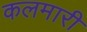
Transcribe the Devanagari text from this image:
कलमारी